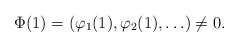
\begin{align*}\Phi(1) = (\varphi_1(1), \varphi_2(1), \ldots) \neq 0.\end{align*}